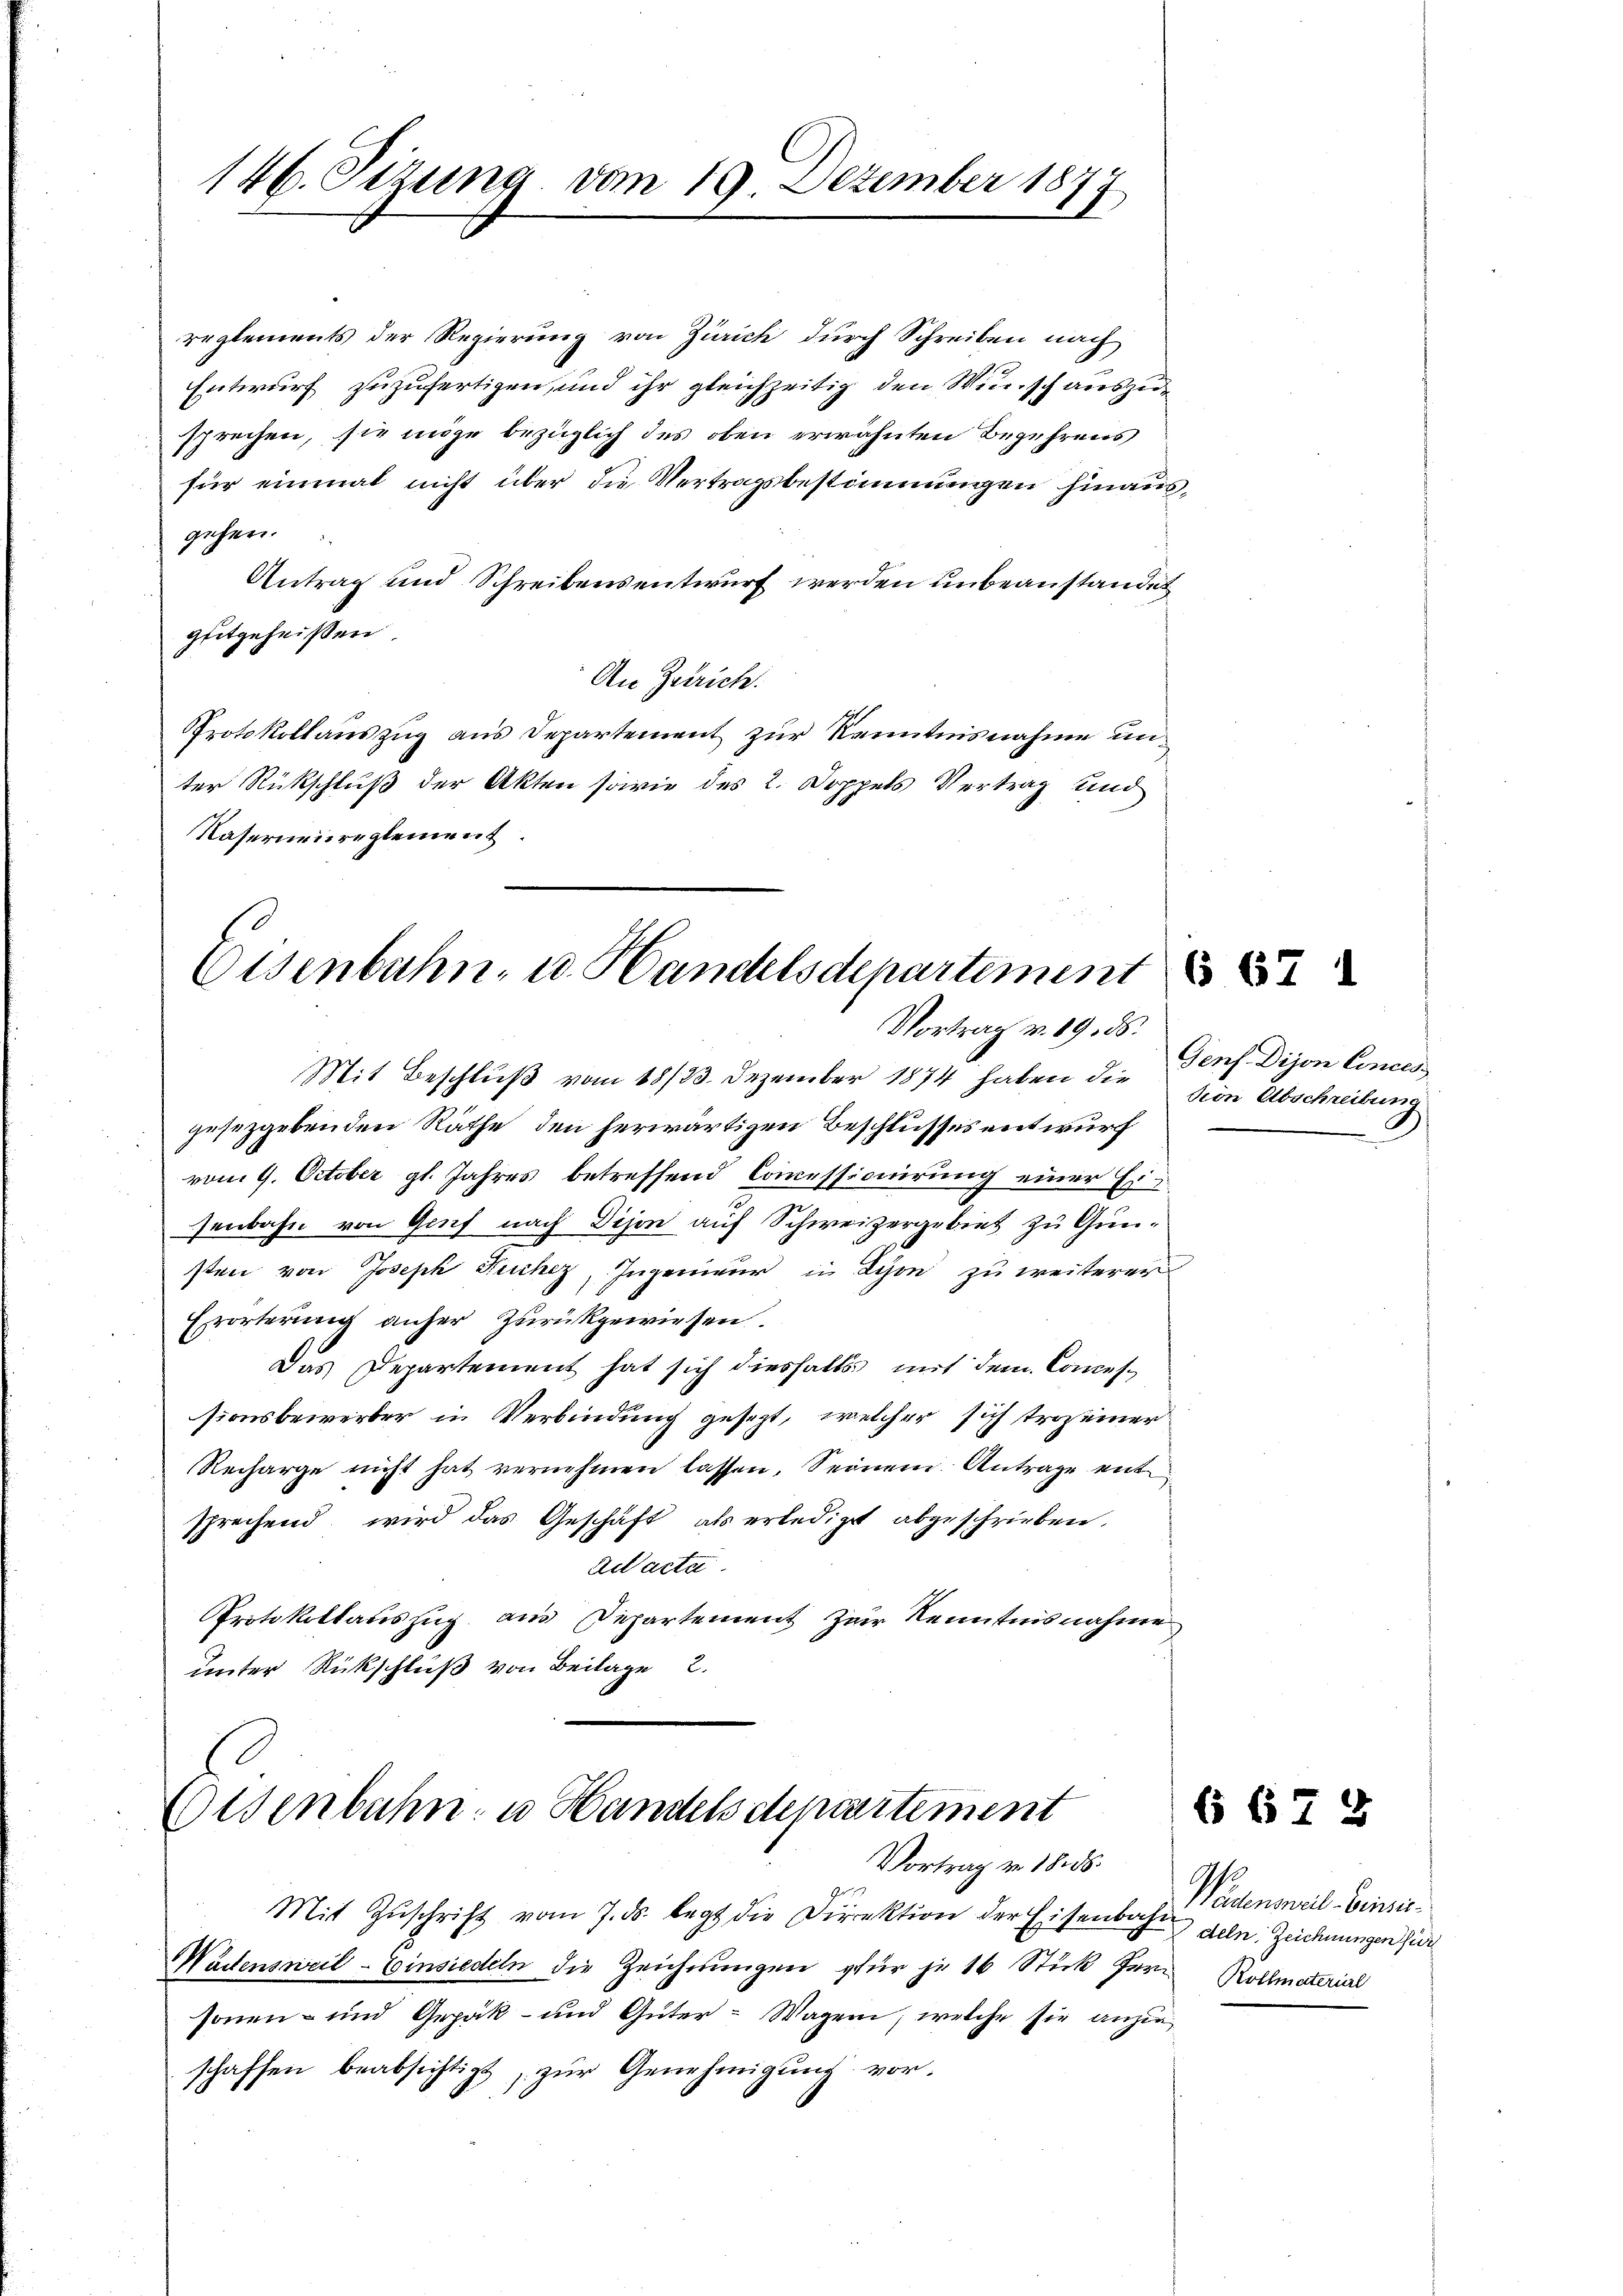
146. Sizung vom 19. Dezember 1877

Eisenbahn- u. Handelsdepartement
Vortrag v. 19. ds.

Eisenbahn u Handelsdepartement
Vortrag v. 18. ds.

reglements der Regierung von Zürich durch Schreiben nach
Entwurf zuzufertigen, und ihr gleichzeitig den Wunsch auszusprechen, sie möge bezüglich des oben erwähnten Begehrens
für einmal nicht über die Vertragsbestimmungen hinausgehen.
Antrag und Schreibensentwurf werden unbeanstandet
gutgeheißen.
An Zürich.
Protokollauszug aus Departement zur Kenntnisnahme unter Rückschluß der Akten sowie des 2. Doppels Vertrag und
Kaserneureglement.

Mit Beschluß vom 18/23. Dezember 1874 haben die sien Abschreibung
gesetzgebenden Räthe, den herwärtigen Beschlusses entwurf
vom 9. October gl. Jahres betreffend Commissionirung einer Er-
senbahn von Genf nach Dison auf Schweizergebiet zu Gunsten von Joseph Kuchez, Ingenieur in Lyon zu weiterer
Erörterung anher Zurückgewiesen.
Das Departement hat sich diesfalls mit dem Concessionsbewerber in Verbindung gesezt, welcher sich troseiner
Recharge nicht hat vernehmen lassen. Seinem Antrage entsprechend wird das Geschäft als erledigt abgeschrieben.
Actacte
Protokollauszug aus Departement zur Kenntnisnahme
unter Rückschluß von Beilage 2.

Mit Zŭschrift vom 7. ds. legt die Direktion der Eisenbahn den Zeichnungen sie
Wädensweil–Einsiedeln die Zeichnŭngen für je 16 Stick fern Rollmaterial
sonen- und Gepäk- und Güter-Wagen, welche sie anzuschaffen beabsichtigt, zur Genehmigung vor¬

667

Genf Dijon Cincess

6 678

Wädenseil Beri